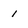
Character: 1